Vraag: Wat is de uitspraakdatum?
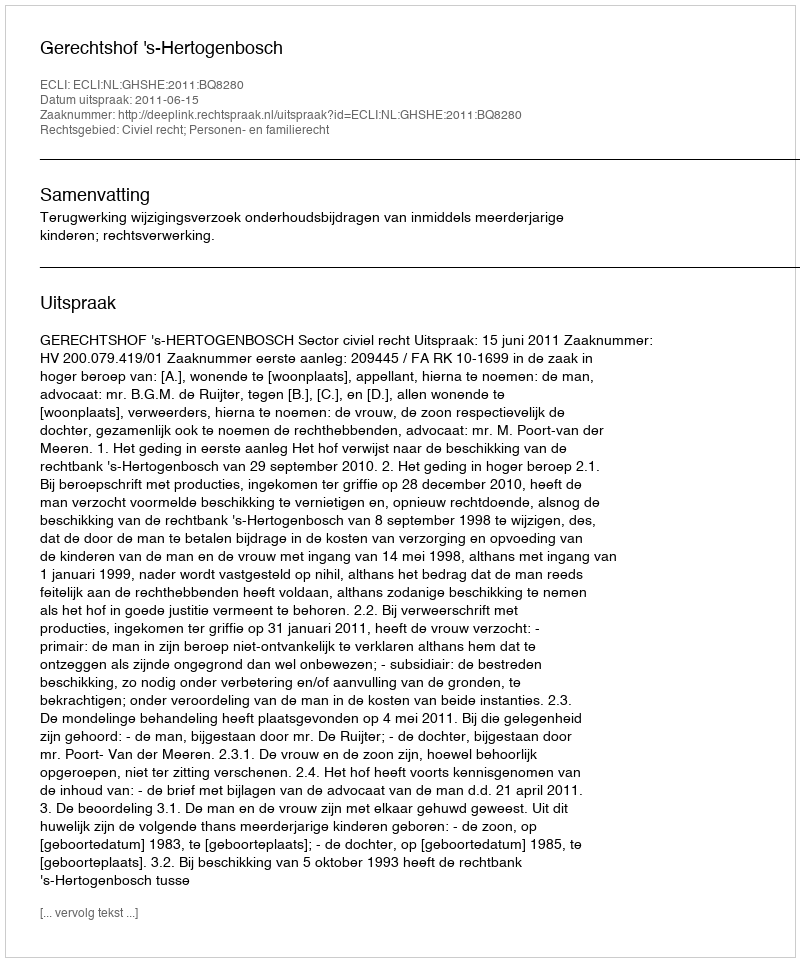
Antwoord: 2011-06-15